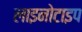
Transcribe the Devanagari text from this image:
लाइनोटाइप